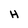
Character: H